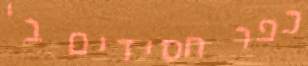
כפר חסידים ב'